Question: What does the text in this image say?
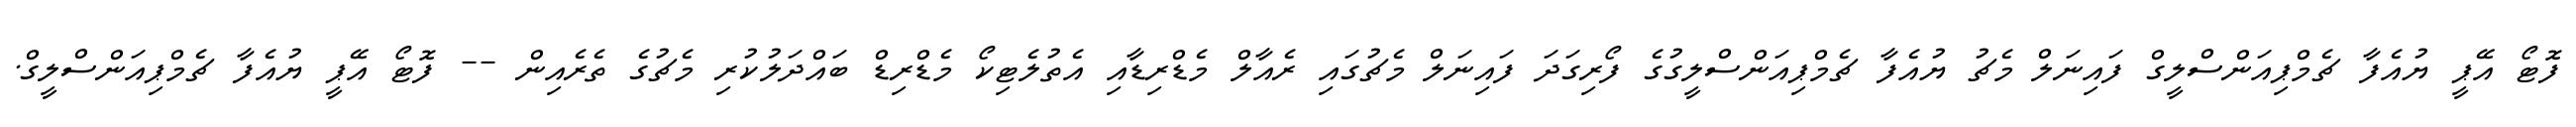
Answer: ފޮޓޯ އޭޕީ ޔުއެފާ ޗެމްޕިއަންސްލީގް ފައިނަލް މެޗު ޔުއެފާ ޗެމްޕިއަންސްލީގުގެ ފޯރިގަދަ ފައިނަލް މެޗުގައި ރެއާލް މެޑްރިޑާއި އެތުލެޓިކޯ މެޑްރިޑް ބައްދަލުކުރި މެޗުގެ ތެރެއިން -- ފޮޓޯ އޭޕީ ޔުއެފާ ޗެމްޕިއަންސްލީގް.